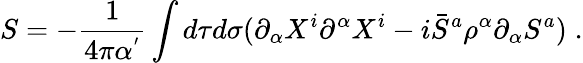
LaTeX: S=-\frac{1}{4\pi\alpha^{'}}\int d\tau d\sigma(\partial_{\alpha}X^{i}\partial^{\alpha}X^{i}-i\bar{S}^{a}\rho^{\alpha}\partial_{\alpha}S^{a})\; .